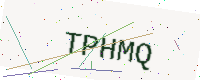
Text: TPHMQ